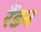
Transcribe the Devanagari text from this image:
रैंडन